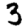
Digit: 3